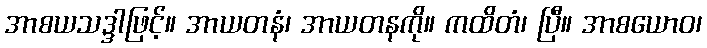
အာစယသဒ္ဒါဖြင့်။ အာယတနံ၊ အာယတနကို။ ကထိတံ၊ ပြီ။ အာစယောဝ၊